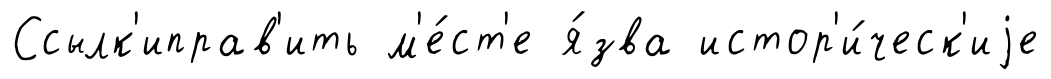
Ссылк'иправ'ить м'е́ст'е я́зва истор'и́ческ'иjе